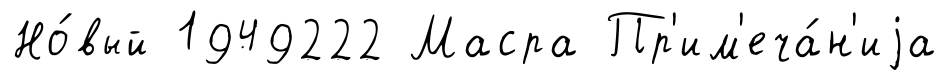
Но́вый 1949222 Масра Пр'им'еча́н'иjа